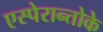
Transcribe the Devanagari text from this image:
एस्पेरान्तोके